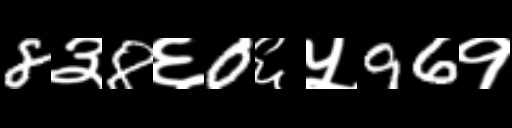
Text: 8३8६0६५96१